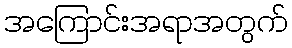
အကြောင်းအရာအတွက်